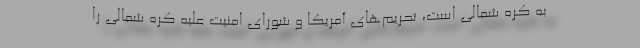
به کره شمالی است، تحریم‌های آمریکا و شورای امنیت علیه کره شمالی را